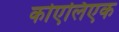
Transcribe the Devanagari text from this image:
कोएलिएक